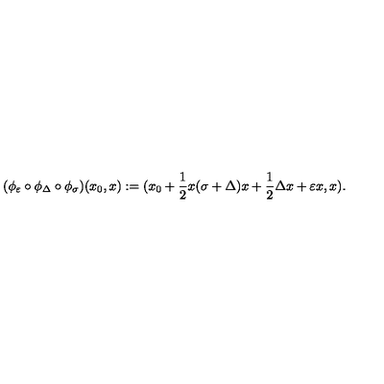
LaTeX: ( \phi _ { \varepsilon } \circ \phi _ { \Delta } \circ \phi _ { \sigma } ) ( x _ { 0 } , x ) : = ( x _ { 0 } + \frac { 1 } { 2 } x ( \sigma + \Delta ) x + \frac { 1 } { 2 } \Delta x + \varepsilon x , x ) .